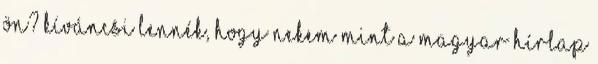
ön? Kíváncsi lennék, hogy nekem mint a Magyar Hírlap